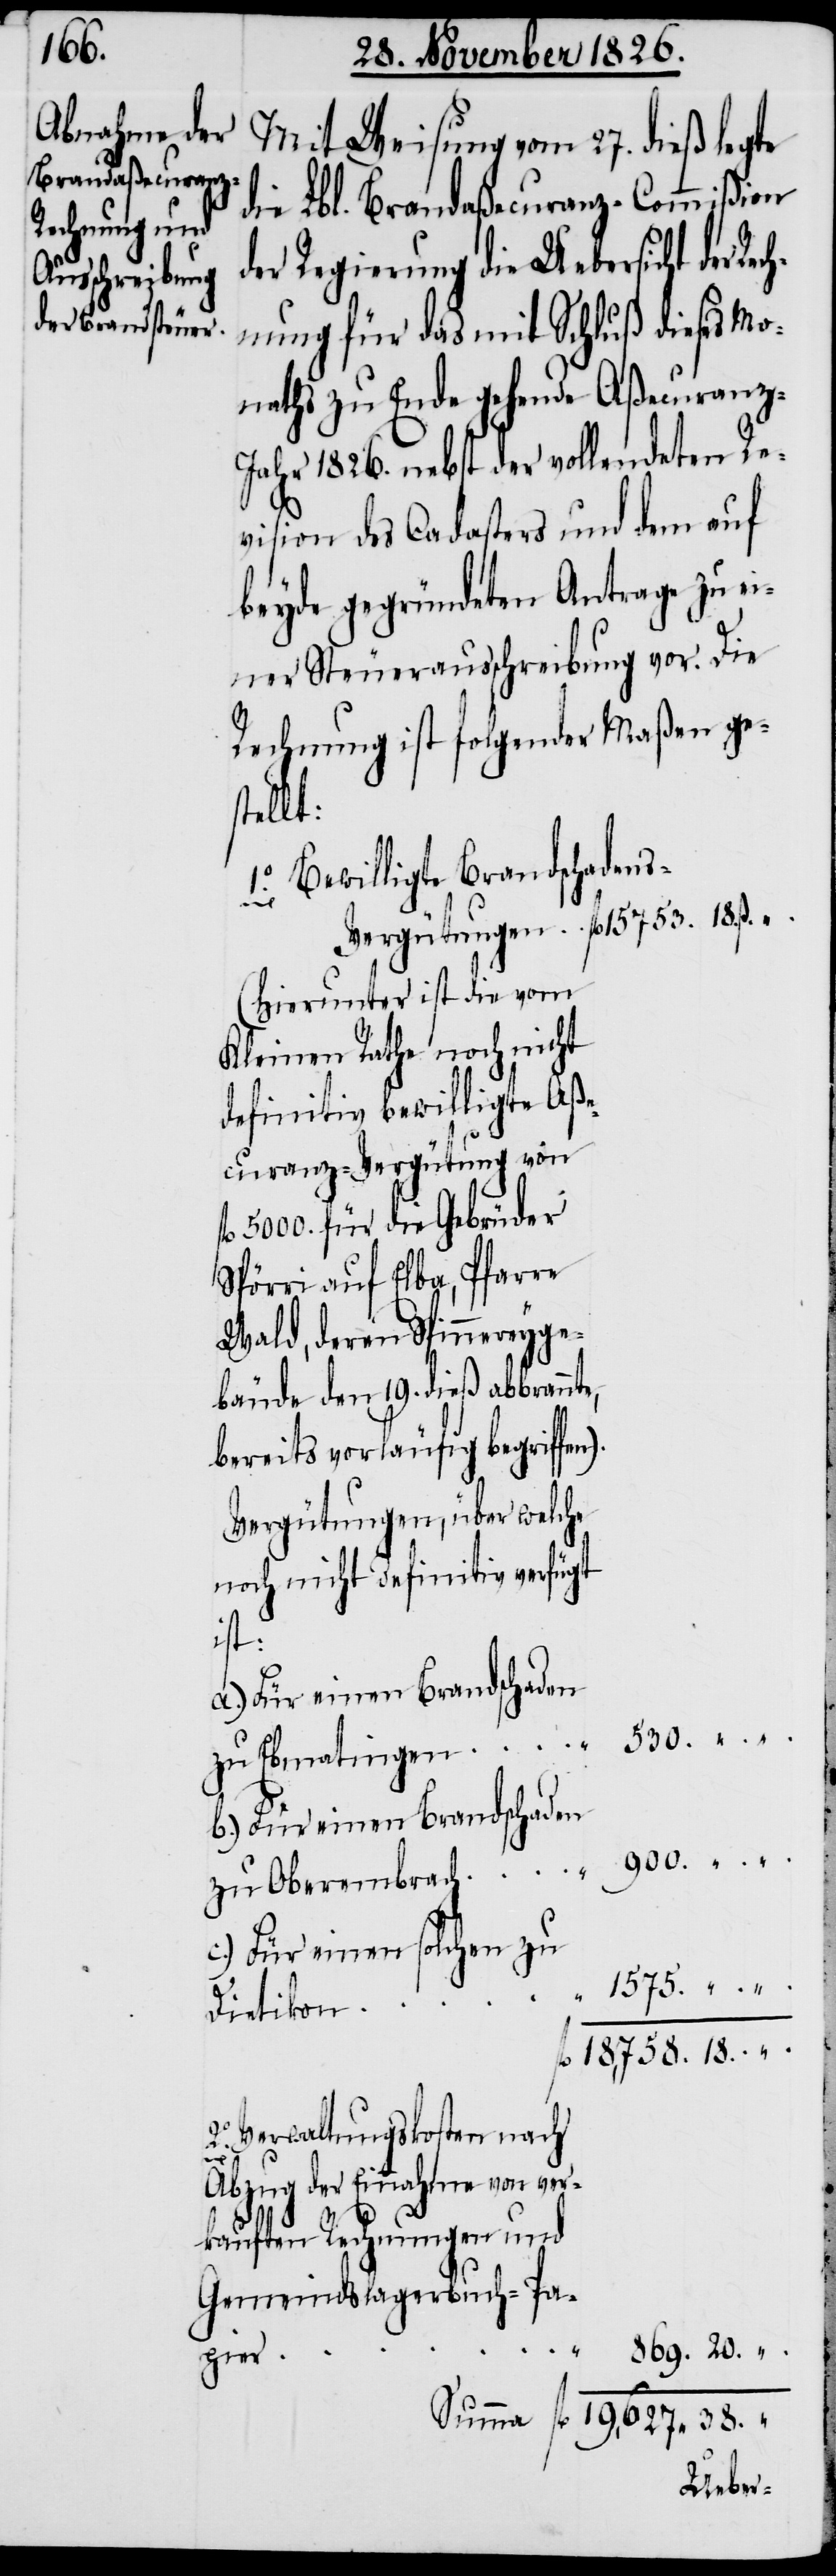
rgütungen

Mit Weisung vom 27. dieß legte
die Lbl. Brandaßecuranz-Commißion
der Regierung die Uebersicht der Rec¬
hnung für das mit Schluß dieses Mo¬
naths zu Ende gehende Aßecuranz-J¬
ahr 1826. nebst der vollendeten Re¬
vision des Cadasters und dem auf
beyde gegründeten Antrage zu ei¬
ner Steuerausschreibung vor. Die
Rechnung ist folgender Maßen ge¬
stellt:
1.° Bewilligte Brandschaden¬
(hierunter ist die vom
Kleinen Rathe noch nicht
definitiv bewilligte Aße¬
curanz-Vergütung von
5000. für die Gebrüder
Spörri auf Elba, Pfarre
Wald, deren Spinnereyge¬
bäude den 19. dieß abbrann¬
bereits vorläufig begriffen).
Vergütungen, über welche
noch nicht definitiv verfügt
ist:
a.) Für einen Brandschaden
b.) Für einen Brandschaden
c.) Für einen solchen zu
te,
Dietikon
fl. 18,758. 18. ".
38.
Verwaltungskosten nach
869.
Abzug der Einnahme von ver¬
kauften Rechnungen und
Gemeindslagerbuch-Pa¬
pier